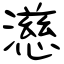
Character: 濨